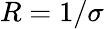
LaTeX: R=1/\sigma